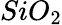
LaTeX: SiO_{2}